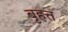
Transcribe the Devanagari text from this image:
बृहत्त